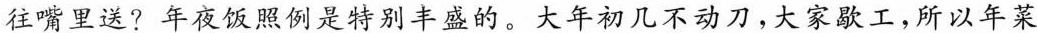
往嘴里送?年夜饭照例是特别丰盛的。大年初几不动刀，大家歇工，所以年菜